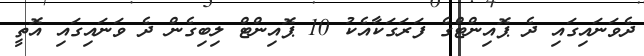
ދެވަނައިގައި ދެ ޕޮއިންޓްގެ ފަރަގަކާއެކު 10 ޕޮއިންޓް ލިބިގެން ދެ ވަނައިގައި އޮތީ